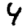
Digit: 4